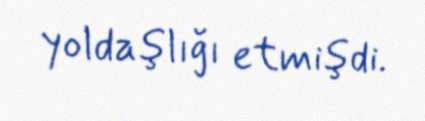
yoldaşlığı etmişdi.